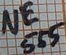
Text: NE555